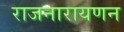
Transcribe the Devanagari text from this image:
राजनारायणन